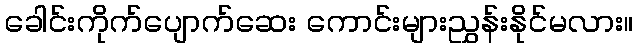
ခေါင်းကိုက်ပျောက်ဆေး ကောင်းများညွှန်းနိုင်မလား။